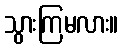
သွားကြမလား။